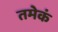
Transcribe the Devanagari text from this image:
तमेकं